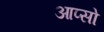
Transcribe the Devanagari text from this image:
आप्सो